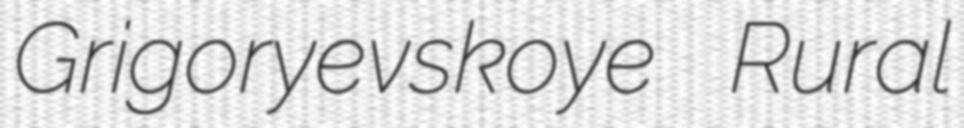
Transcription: Grigoryevskoye Rural